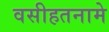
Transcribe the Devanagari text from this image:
वसीहतनामे